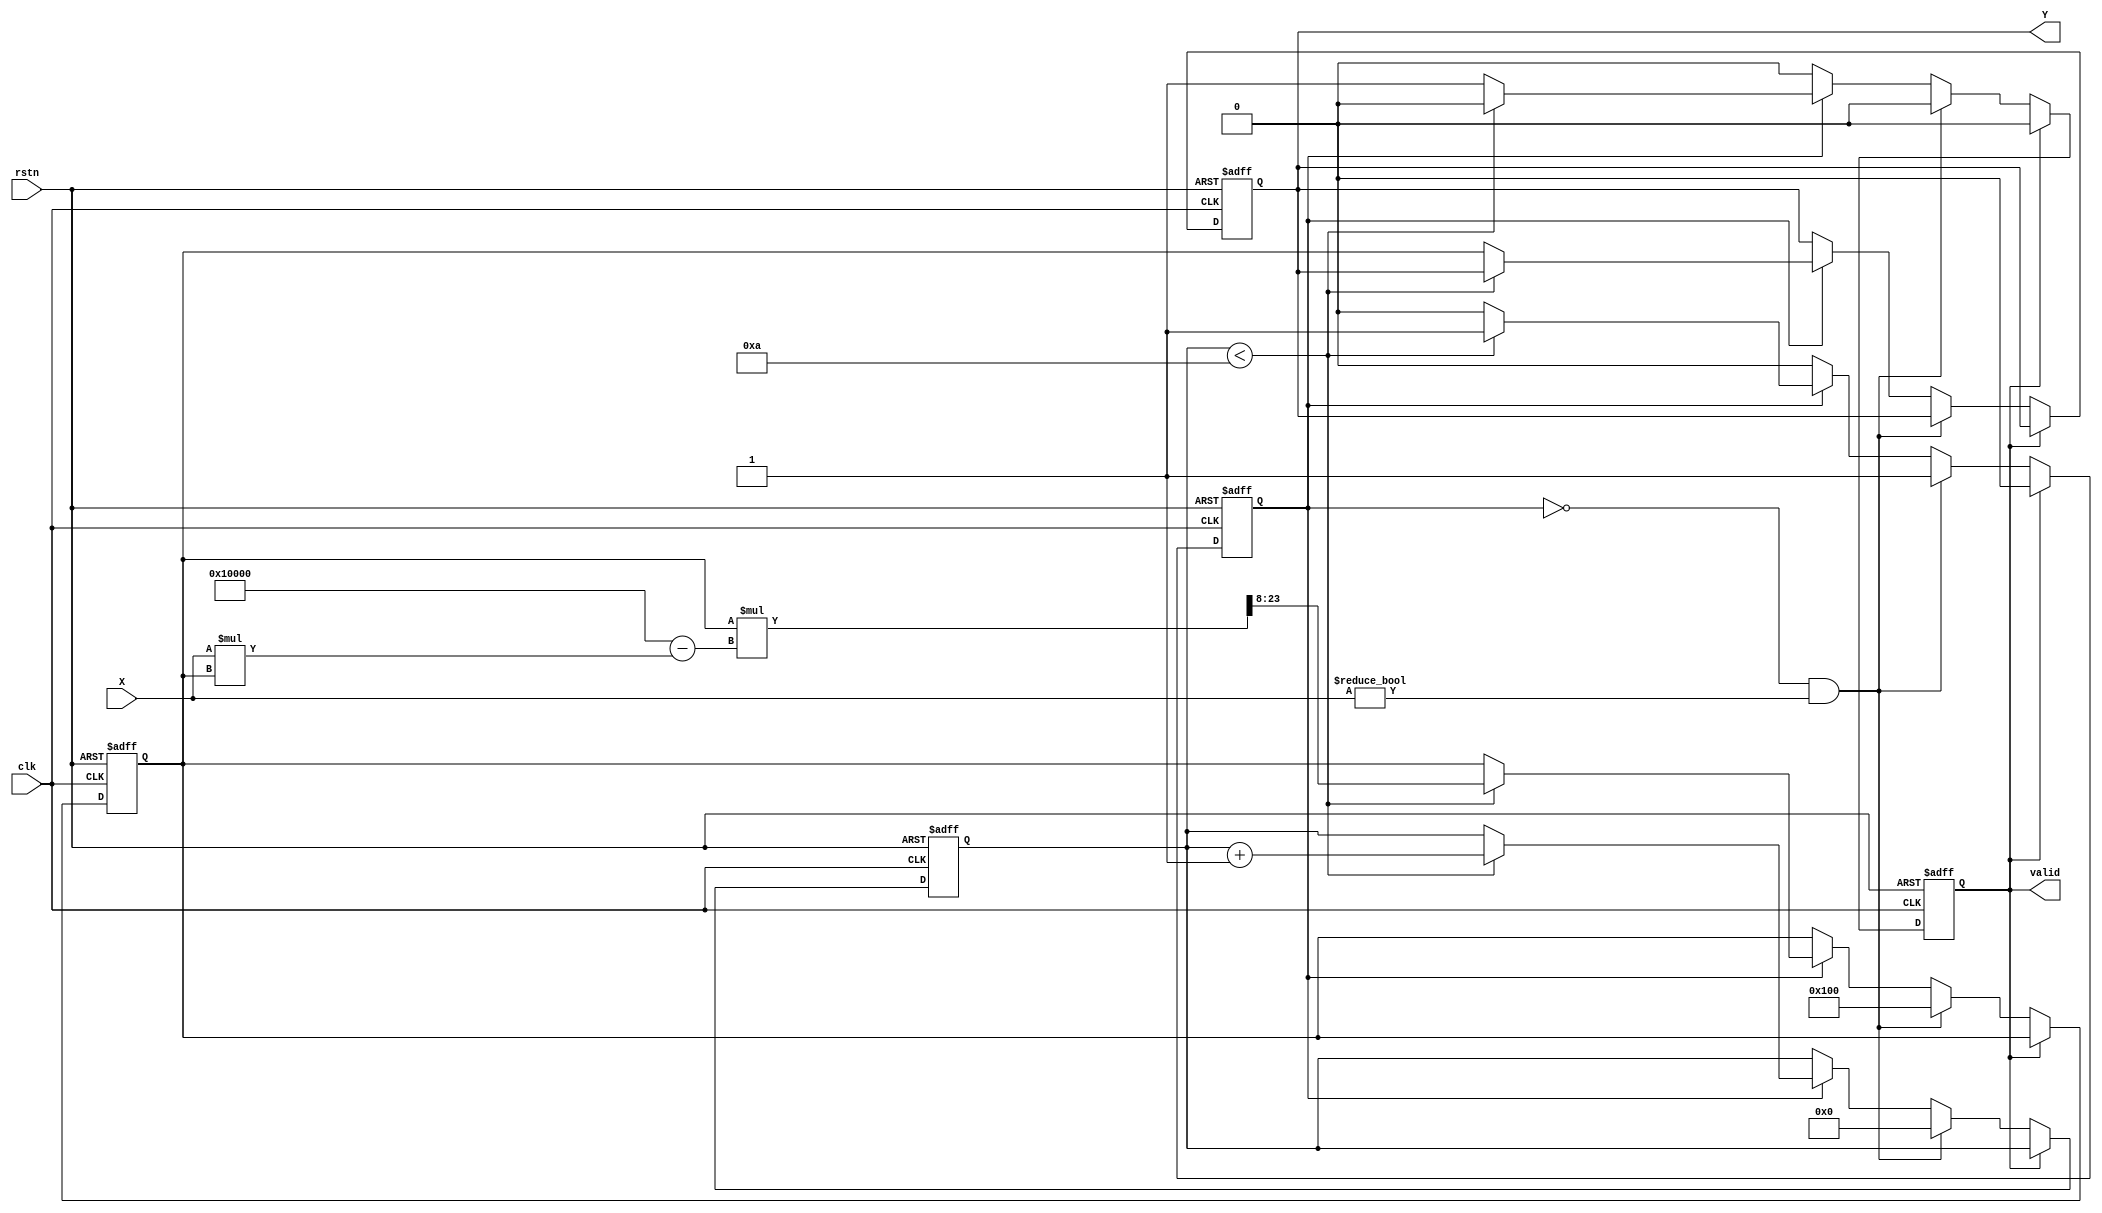
module FixedPointReciprocalArithmeticBlock #(
    parameter N = 16,            // Bit width of the input fixed-point number
    parameter M = 16,            // Bit width of the output fixed-point number
    parameter FRACTIONAL_BITS = 8 // Number of fractional bits
)(
    input wire clk,              // Clock
    input wire rstn,             // Asynchronous active low reset
    input wire [N-1:0] X,        // Input fixed-point number
    output reg [M-1:0] Y,        // Reciprocal output fixed-point number
    output reg valid              // Signal indicating the output is valid
);

    localparam MAX_ITERATIONS = 10;  // Maximum number of iterations for convergence

    reg [M-1:0] y_next;               // Next estimate of reciprocal
    reg [N-1:0] x_reg;                // Registered input
    reg [3:0] iteration_count;        // Count of iterations
    reg calculating;                  // Status of computation

    // Initialize outputs and internal registers
    always @(posedge clk or negedge rstn) begin
        if (!rstn) begin
            Y <= 0;
            valid <= 0;
            x_reg <= 0;
            y_next <= 0;
            iteration_count <= 0;
            calculating <= 0;
        end else begin
            if (valid) begin
                // If valid, we are done, reset state
                valid <= 0;
                calculating <= 0;
            end else if (!calculating && X != 0) begin
                // Start calculations if input is valid
                x_reg <= X;
                // Initial guess (can be optimized based on expected range of X)
                y_next <= (1 << (M - FRACTIONAL_BITS)); // Initial guess: 2^(-FRACTIONAL_BITS)
                iteration_count <= 0;
                calculating <= 1;
            end else if (calculating) begin
                // Iterative calculation using Newton-Raphson method
                if (iteration_count < MAX_ITERATIONS) begin
                    // y_next = y_next * (2 - X * y_next)
                    y_next <= y_next * ((1 << M) - X * y_next) >> FRACTIONAL_BITS; // Adjust for fixed-point
                    iteration_count <= iteration_count + 1;
                end else begin
                    // Maximum iterations reached
                    Y <= y_next;
                    valid <= 1;
                    calculating <= 0;
                end
            end
        end
    end

endmodule